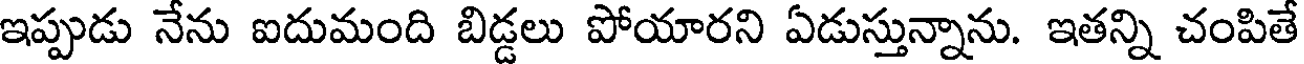
ఇప్పుడు నేను ఐదుమంది బిడ్డలు పోయారని ఏడుస్తున్నాను. ఇతన్ని చంపితే